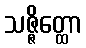
သဇ္ဇိတ္ထော